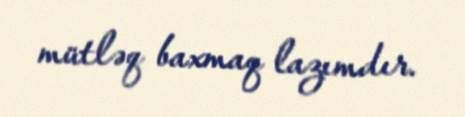
mütləq baxmaq lazımdır.